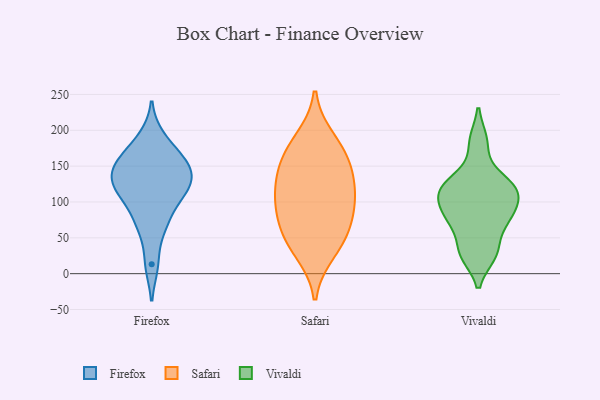
{"axis": {"x": "Market Share (%)", "y": "Value"}, "legend": ["Firefox", "Safari", "Vivaldi"], "data": [{"x": "", "y": 115, "type": "Firefox"}, {"x": "", "y": 115, "type": "Firefox"}, {"x": "", "y": 125, "type": "Firefox"}, {"x": "", "y": 151, "type": "Firefox"}, {"x": "", "y": 109, "type": "Firefox"}, {"x": "", "y": 71, "type": "Firefox"}, {"x": "", "y": 166, "type": "Firefox"}, {"x": "", "y": 69, "type": "Firefox"}, {"x": "", "y": 159, "type": "Firefox"}, {"x": "", "y": 13, "type": "Firefox"}, {"x": "", "y": 142, "type": "Firefox"}, {"x": "", "y": 140, "type": "Firefox"}, {"x": "", "y": 190, "type": "Firefox"}, {"x": "", "y": 107, "type": "Safari"}, {"x": "", "y": 53, "type": "Safari"}, {"x": "", "y": 53, "type": "Safari"}, {"x": "", "y": 168, "type": "Safari"}, {"x": "", "y": 118, "type": "Safari"}, {"x": "", "y": 31, "type": "Safari"}, {"x": "", "y": 99, "type": "Safari"}, {"x": "", "y": 156, "type": "Safari"}, {"x": "", "y": 187, "type": "Safari"}, {"x": "", "y": 82, "type": "Safari"}, {"x": "", "y": 141, "type": "Safari"}, {"x": "", "y": 27, "type": "Vivaldi"}, {"x": "", "y": 72, "type": "Vivaldi"}, {"x": "", "y": 131, "type": "Vivaldi"}, {"x": "", "y": 119, "type": "Vivaldi"}, {"x": "", "y": 88, "type": "Vivaldi"}, {"x": "", "y": 184, "type": "Vivaldi"}, {"x": "", "y": 111, "type": "Vivaldi"}, {"x": "", "y": 115, "type": "Vivaldi"}, {"x": "", "y": 31, "type": "Vivaldi"}, {"x": "", "y": 78, "type": "Vivaldi"}]}